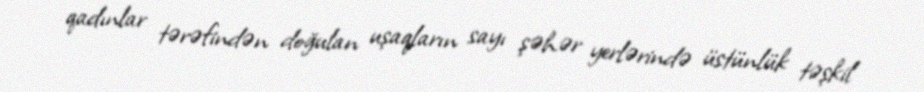
qadınlar tərəfindən doğulan uşaqların sayı şəhər yerlərində üstünlük təşkil